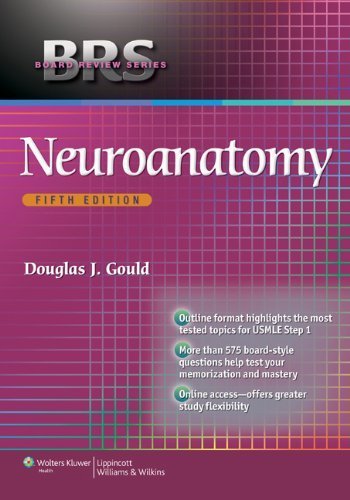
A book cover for BRS Neuroanatomy (Board Review Series) by Gould PhD, Douglas J. Published by Lippincott Williams & Wilkins 5th (fifth) edition (2013) Paperback; Medical Books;